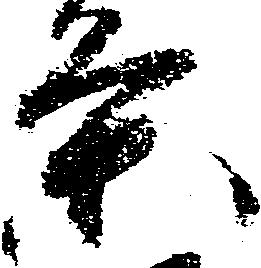
条